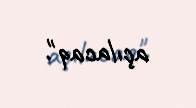
açılacaq".